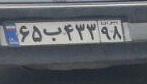
۶۵ب۴۳۳۹۸